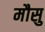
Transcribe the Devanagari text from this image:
मौसु